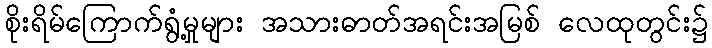
စိုးရိမ်ကြောက်ရွံ့မှုများ အသားဓာတ်အရင်းအမြစ် လေထုတွင်း၌